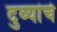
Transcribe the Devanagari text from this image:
दुव्यांचे